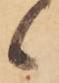
候